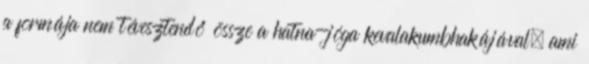
a formája nem tévesztendő össze a hatna-jóga kevalakumbhakájával, ami